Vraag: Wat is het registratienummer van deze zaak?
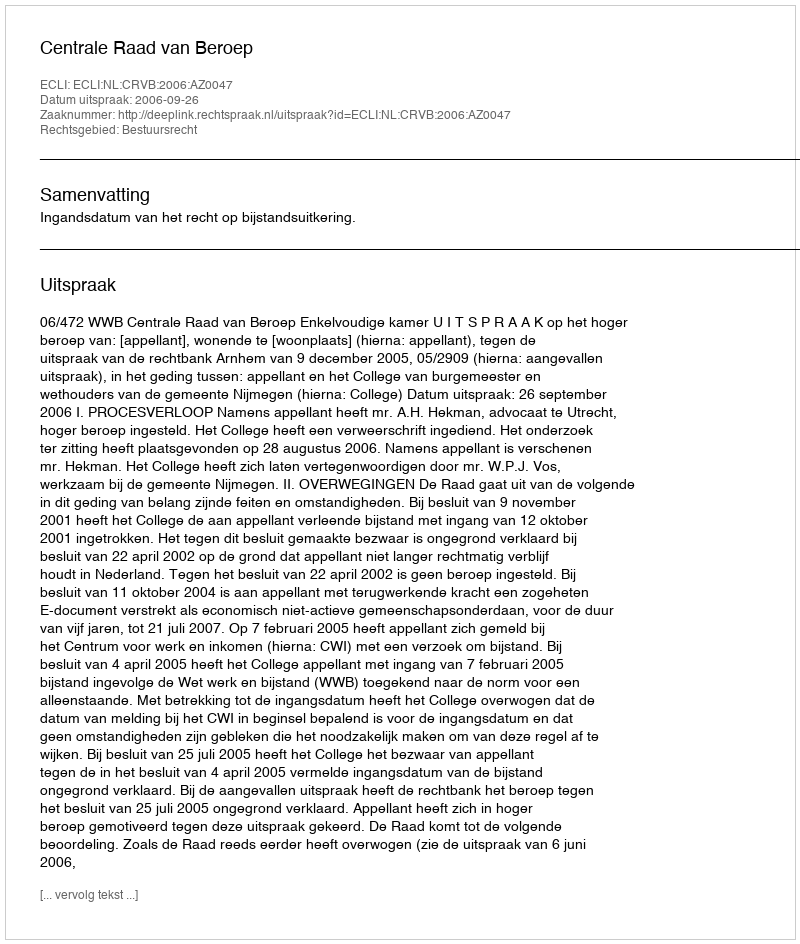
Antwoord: http://deeplink.rechtspraak.nl/uitspraak?id=ECLI:NL:CRVB:2006:AZ0047